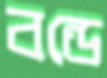
বন্ডে